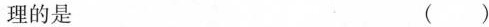
理的是（ ）